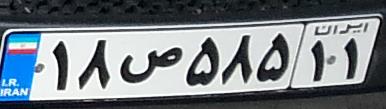
۱۸ص۵۸۵۱۱